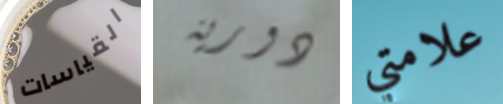
القياسات دورية علامتي